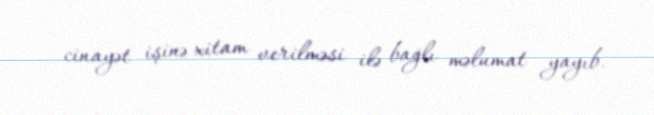
cinayət işinə xitam verilməsi ilə bağlı məlumat yayıb.